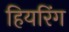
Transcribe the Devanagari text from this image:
हियरिंग